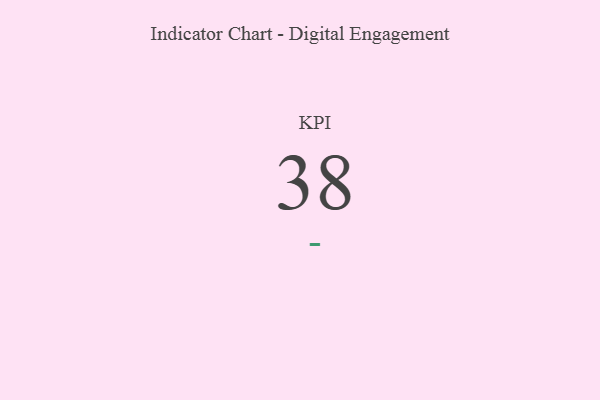
{"axis": {"x": "KPI", "y": "Value"}, "legend": [""], "data": [{"x": "KPI", "y": 38, "type": ""}]}